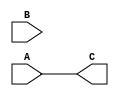
`timescale 1ns / 1ps
//////////////////////////////////////////////////////////////////////////////////
// Company: 
// Engineer: 
// 
// Design Name: 
// Module Name:    SLL 
// Project Name: 
// Target Devices: 
// Tool versions: 
// Description: 
//
// Dependencies: 
//
// Revision: 
// Revision 0.01 - File Created
// Additional Comments: 
//
//////////////////////////////////////////////////////////////////////////////////
module SLL(
input [31:0]A,
input [5:0]B,
output [31:0]C
    );
//uncompleted
assign C=A;

endmodule